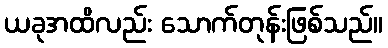
ယခုအထိလည်း သောက်တုန်းဖြစ်သည်။